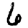
Digit: 6